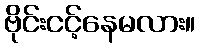
ဗိုင်းငင့်နေမလား။